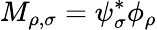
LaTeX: M_{\rho,\sigma}=\psi_{\sigma}^{*}\phi_{\rho}